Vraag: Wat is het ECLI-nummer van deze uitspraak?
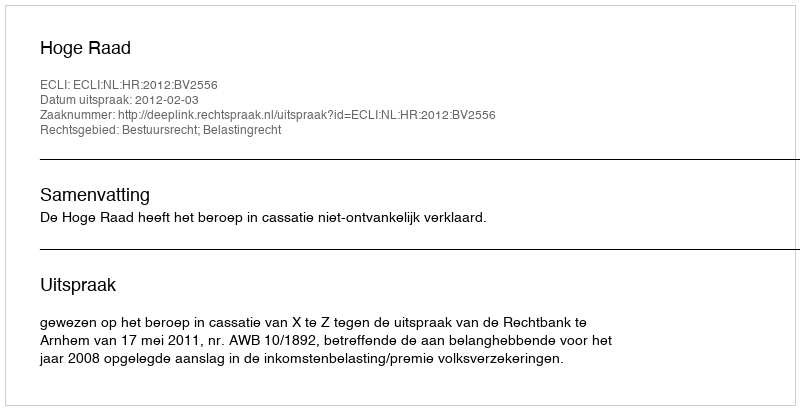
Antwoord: ECLI:NL:HR:2012:BV2556